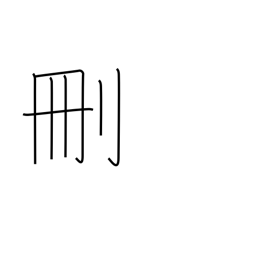
Meaning: cut down